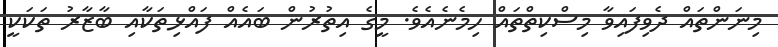
މިނަންތައް ދެވިފައިވާ މިސްކިތްތައް ހިމެނެއެވެ. މީގެ އިތުރުން ބައެއް ފައްޅިތަކާއި ބާޒާރު ތަކަކީ